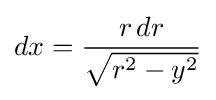
dx={\frac {r\,dr}{\sqrt {r^{2}-y^{2}}}}